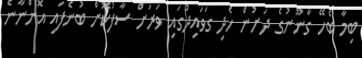
ބިމާ ބެހޭ ގާނޫނުގެ ދަށުން ހެދި ގަވައިދުގައި ވަރަށް ސާފުކޮށް ބުނެފައި އޮންނާނެ